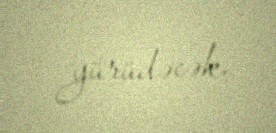
yürüdəcək.